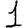
Digit: 1